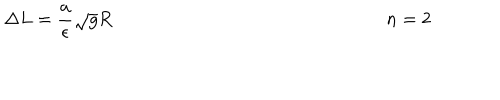
LaTeX: \Delta L = \frac { a } { \epsilon } \sqrt { g } R ~ ~ n = 2